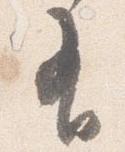
有